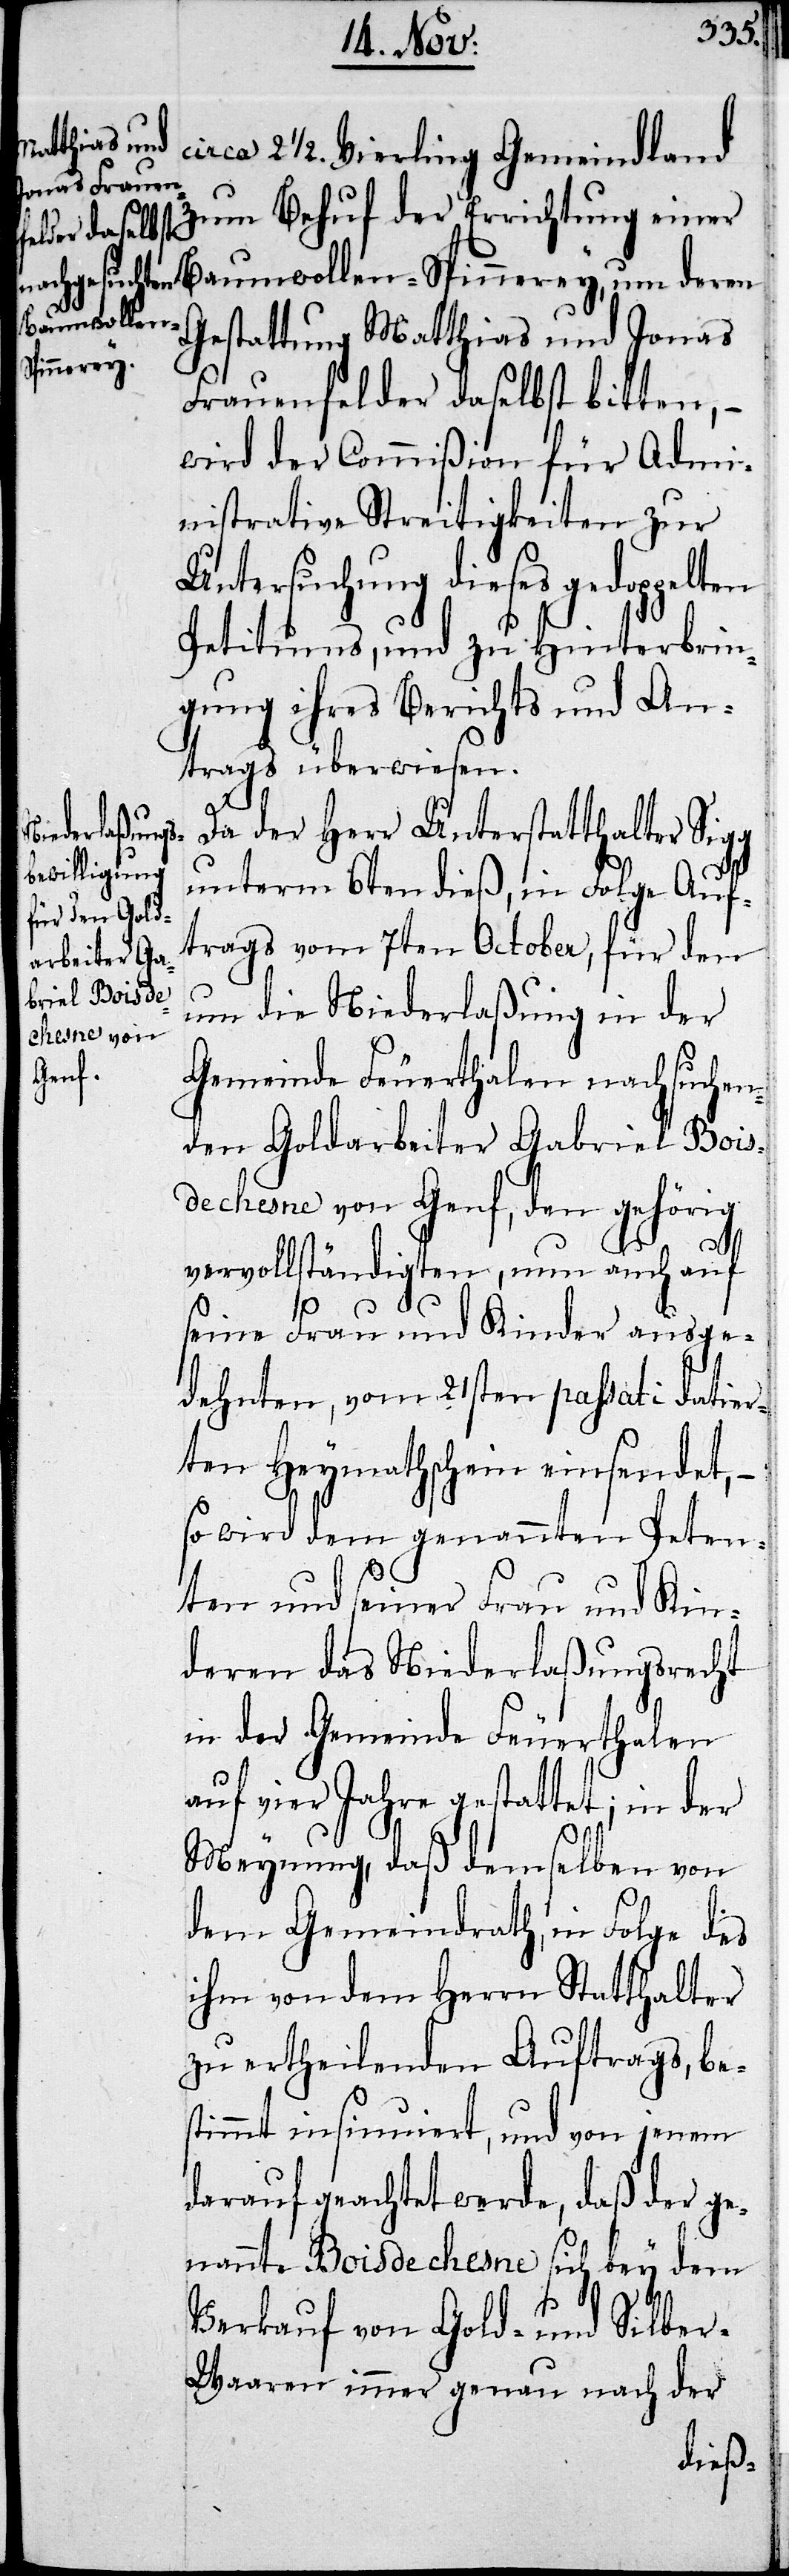
circa 2 ½. Vierling Gemeindland
zum Behuf der Errichtung einer
Baumwollen-Spinnerey, um deren
Gestattung Matthias und Jonas
Frauenfelder daselbst bitten,
wird der Commißion für Admi¬
nistrative Streitigkeiten zur
Untersuchung dieses gedoppelten
Petitums, und zu Hinterbrin¬
gung ihres Berichts und An¬
trags überwiesen.
Da der Herr Unterstatthalter Sigg
unterm 6ten dieß, in Folge Auf¬
trags vom 7ten October, für den
um die Niederlaßung in der
Gemeinde Feuerthalen nachsuchen¬
den Goldarbeiter Gabriel Bois
de Chesne von Genf, den gehörig
vervollständigten, nun auch auf
seine Frau und Kinder ausge¬
dehnten, vom 21sten passati datier¬
ten Heymathschein einsendet,
so wird dem genannten Peten¬
ten und seiner Frau und Kin¬
deren das Niederlaßungsrecht
in der Gemeinde Feuerthalen
auf vier Jahre gestattet; in der
Meynung, daß demselben von
dem Gemeinderath, in Folge des
ihm von dem Herrn Statthalter
zu ertheilenden Auftrags, be¬
stimmt insinuiert, und von jenem
darauf geachtet werde, daß der ge¬
nannte Bois de Chesne sich bey dem
Verkauf von Gold- und Silbe¬
r-Waaren immer genau nach der